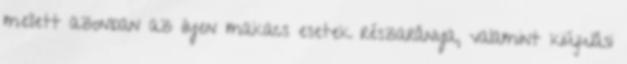
mellett azonban az ilyen makacs esetek részaránya, valamint kiújulási